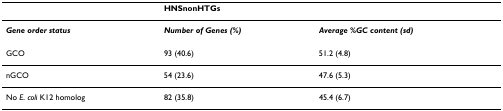
<table><thead><tr><td></td><td colspan="2"><b>HNSnonHTGs</b></td></tr></thead><tbody><tr><td><b><i>Gene order status</i></b></td><td><b><i>Number of Genes (%)</i></b></td><td><b><i>Average %GC content (sd)</i></b></td></tr><tr><td>GCO</td><td>93 (40.6)</td><td>51.2 (4.8)</td></tr><tr><td>nGCO</td><td>54 (23.6)</td><td>47.6 (5.3)</td></tr><tr><td>No <i>E. coli </i>K12 homolog</td><td>82 (35.8)</td><td>45.4 (6.7)</td></tr></tbody></table>